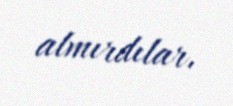
almırdılar.